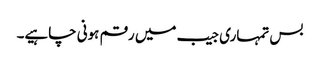
بس تمہاری جیب میں رقم ہونی چاہیے۔